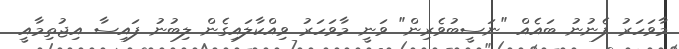
މާވަހަރު ފެނުނު ބައެއް "ނަސީބުވެރިން" ވަނީ މާވަހަރު ވިއްކާލައިގެން ލިބުނު ފައިސާ އިޖުތިމާއީ